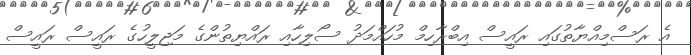
އެ ރަސްމިއްޔާތުގައި ރައީސް އިބްރާހިމް މުހައްމަދު ސޯލިހާއި ރައްޔިތުންގެ މަޖިލީހުގެ ރައީސް ރައީސް